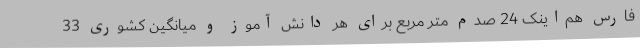
فارس هم‌اینک 24 صدم متر مربع برای هر دانش آموز و میانگین کشوری 33